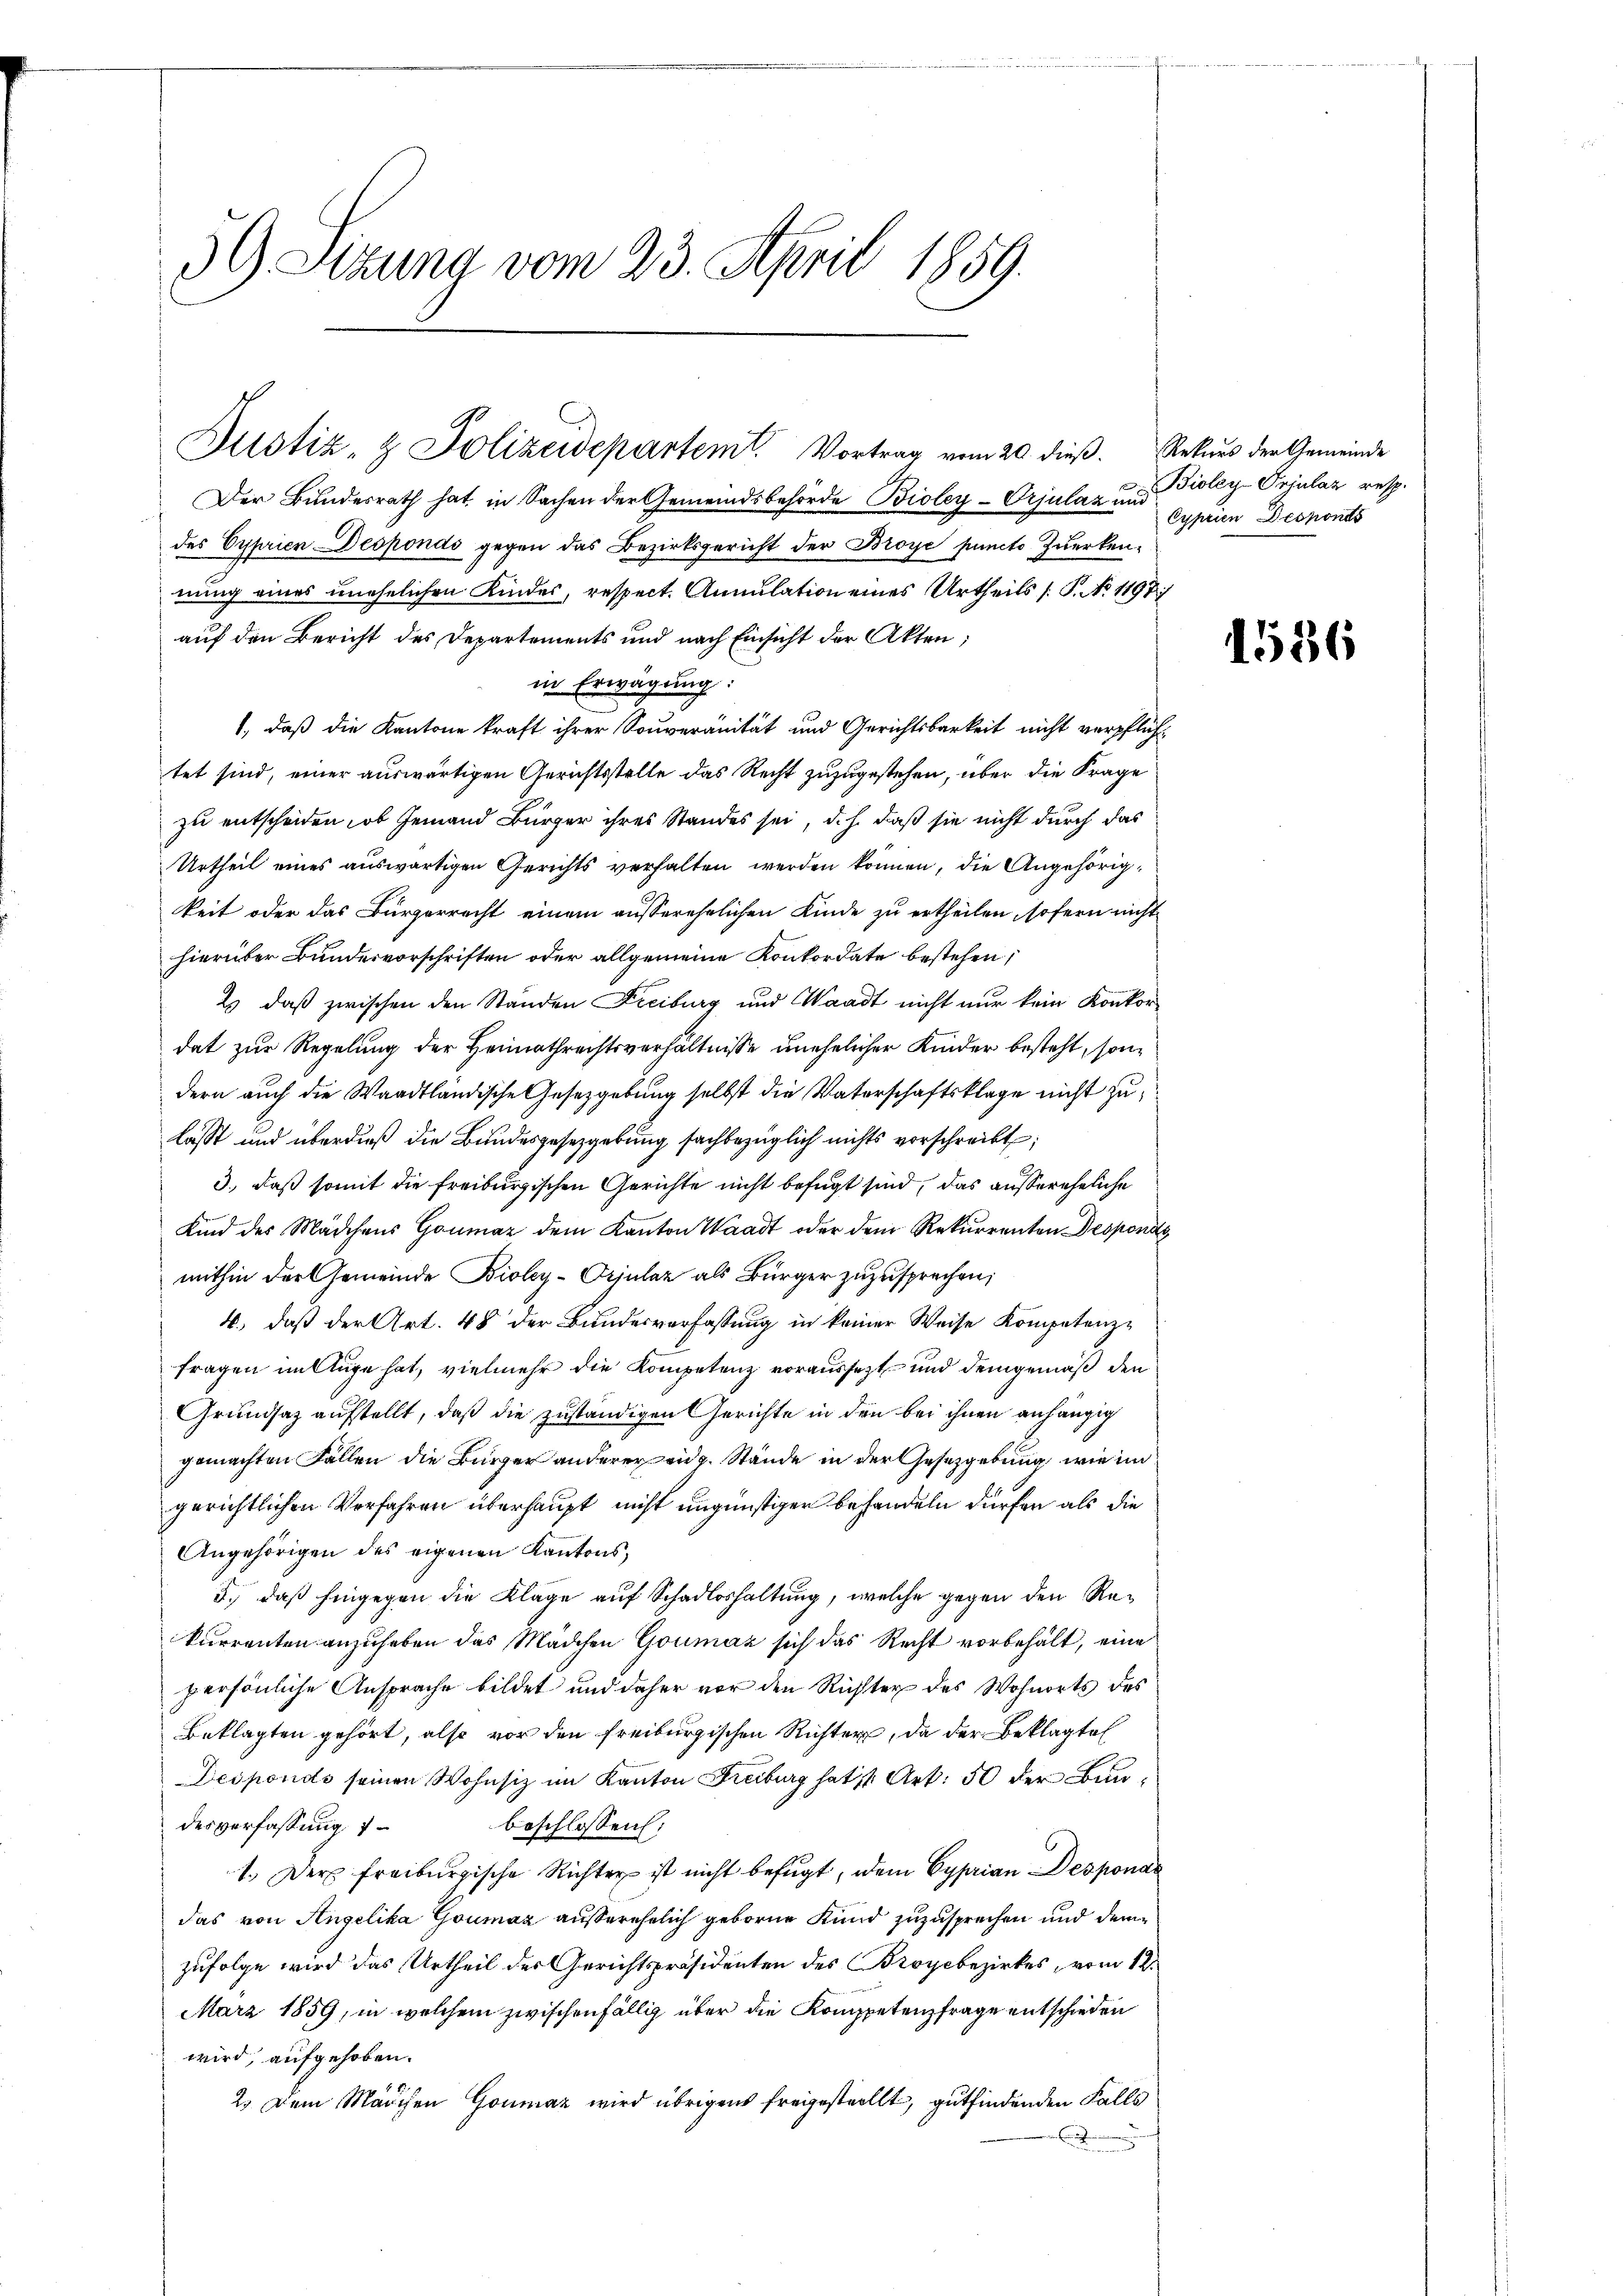
39 Sitzung vom 23. April 1859.

Justiz- & Polizeidepartemt. Vortrag vom 20. dieβ. Rekurs der Gemeinde

Der Bundesrath hat, in Sachen der Gemeindsbehörde Bioley-Orjulaz und Bioley-Oriulaz resp.
des Cyprien Despondo gegen das Bezirksgericht der Broye puncto Zuerkennung eines unehelichen Kindes, respect. Annulation eines Urtheils /: P. No 1197/
auf den Bericht des Departements und nach Einsicht der Akten;
in Erwägung:
1, daß die Kantone kraft ihrer Souveränität und Gerichtsbarkeit nicht verpflichtet sind, einer auswärtigen Gerichtsstelle das Recht zuzugestehen, über die Frage
zu entscheiden, ob Jemand Bürger ihres Standes sei, d.h. daß sie nicht durch das
Urtheil eines auswärtigen Gerichts verhalten werden können, die Angehörigkeit oder das Bürgerrecht einem ausserehelichen Kinde zu ertheilen, sofern nicht
hierüber Bundesvorschriften oder allgemeine Konkordate bestehen,
Es daß zwischen den Ständen Freiburg und Waadt nicht nur kein Konkor
dat zur Regelung der Heimathrechtsverhältnisse unehelicher Kinder besteht, sondern auch die Waadtländische Gesetzgebung selbst die Vaterschaftsklage nicht zu
lasst und überdieß die Bundesgesetzgebung sachbezüglich nichts vorschreibt;
3., daß somit die freiburgischen Gerichte nicht befugt sind, das aussereheliche
Kind des Mädchens Honmar dem Kanton Waadt oder dem Rekurrenten Desponde
mithin der Gemeinde Bioley-Orjulaz als Bürger zuzusprechen;
4., daß der Art. 48 der Bundesverfassung in keiner Weise Kompetenzfragen in Auge hat, vielmehr die Kompetenz voraussetzt und demgemäß den
Grundsaz aufstellt, daß die zuständigen Gerichte in den bei ihnen anhängig
gemachten Fällen die Bürger anderer eidg. Stände in der Gesetzgebung, wie im
gerichtlichen Verfahren überhaupt nicht ungünstiger behandeln dürfen als die
Angehörigen des eigenen Kantons,
5.) daß hingegen die Klage auf Schadloshaltung, welche gegen den Rekurrenten anzuheben das Mädchen Goumaz sich das Recht vorbehält, eine
persönliche Ansprache bildet und daher vor den Richter des Wohnorts des
Beklagten gehört, also vor den freiburgischen Richter, da der Beklagte
Desponds seinen Wohnsiz im Kanton Freiburg hat ist Art. 50 der Bunbeschlossen:
desverfassung
1.) Der freiburgische Richter ist nicht befugt, dem Cyprian Desponar
das von Angelika Goumaz außerehelich geborne Kund zuzusprechen und demzufolge wird das Urtheil des Gerichtspräsidenten des Broyebezirkes, vom 12.
März 1859, in welchem zwischenfällig über die Kompetenzfrage entschieden
wird, aufgehoben.
2. Dem Mädchen Goumaz wird übrigens freigestellt, gutfindenden Falls
.

Cyprien Desponds

1536